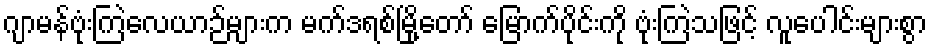
ဂျာမန်ဗုံးကြဲလေယာဉ်များက မက်ဒရစ်မြို့တော် မြောက်ပိုင်းကို ဗုံးကြဲသဖြင့် လူပေါင်းများစွာ